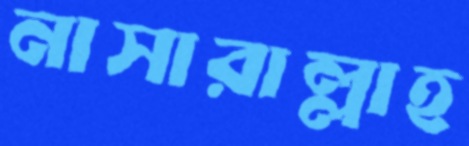
নাসারাল্লাহ